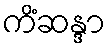
ကိံဆန္ဒာ